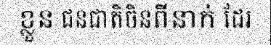
ខ្លួន ជនជាតិចិនពីនាក់ ដែរ